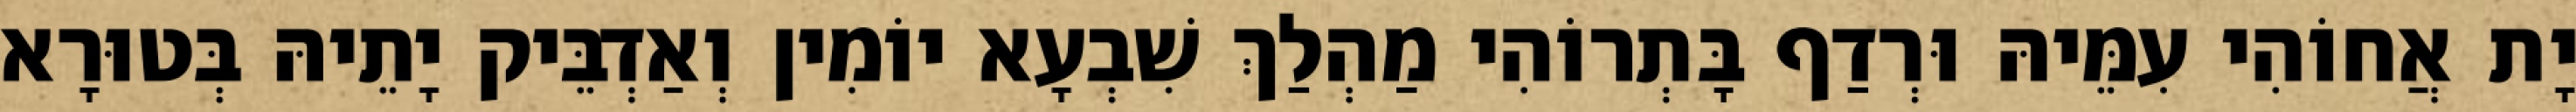
יָת אֲחוֹהִי עִמֵּיהּ וּרְדַף בָּתְרוֹהִי מַהְלַךְ שִׁבְעָא יוֹמִין וְאַדְבֵּיק יָתֵיהּ בְּטוּרָא